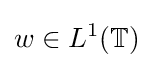
w\in L^{1}(\mathbb {T} )